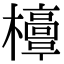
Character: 𣠐